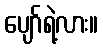
ပျော်ရဲ့လား။